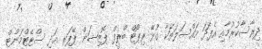
ދިރާސާކުރުމާއި އެފަދަ މައްސަލަތަކާ ގުޅޭ ރިޕޯޓް ބްރީފް ޕޮޒިޝަން ޕޭޕަރ އަދި ސްޓޭޓްމަންޓް